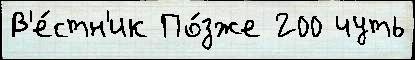
В'е́стн'ик По́зже 200 чуть